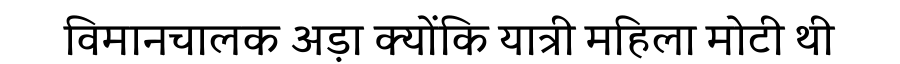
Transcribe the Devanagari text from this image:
विमानचालक अड़ा क्योंकि यात्री महिला मोटी थी